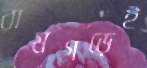
রামগড়েই